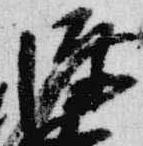
源